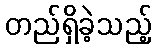
တည်ရှိခဲ့သည့်